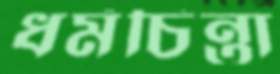
ধর্মচিন্তা